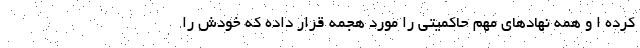
کرده ا و همه نهادهای مهم حاکمیتی را مورد هجمه قرار داده که خودش را